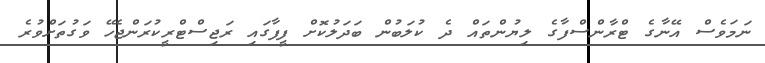
ނަމަވެސް އޭނާގެ ޓްރާންސްފާގެ ލިޔުންތައް ދެ ކުލަބުން ބަދަލުކޮށް ފީފާގައި ރަޖިސްޓްރީކުރަންޖެހޭ ވަގުތަށްވުރެ